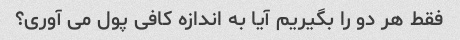
فقط هر دو را بگیریم آیا به اندازه کافی پول می آوری؟